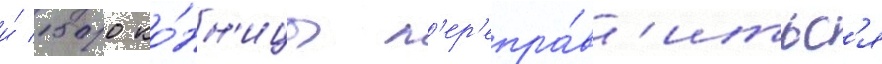
и́ 1500 ко́нн'ицы п'ер'епра́в'итьс'я